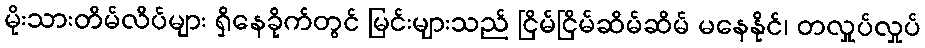
မိုးသားတိမ်လိပ်များ ရှိနေခိုက်တွင် မြင်းများသည် ငြိမ်ငြိမ်ဆိမ်ဆိမ် မနေနိုင်၊ တလှုပ်လှုပ်